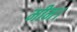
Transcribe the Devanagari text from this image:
मीम।